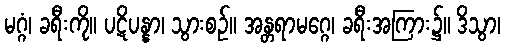
မဂ္ဂံ၊ ခရီးကို။ ပဋိပန္နာ၊ သွားစဉ်။ အန္တရာမဂ္ဂေ၊ ခရီးအကြား၌။ ဒိသွာ၊